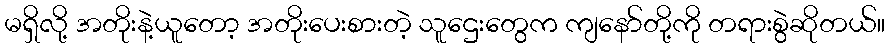
မရှိလို့ အတိုးနဲ့ယူတော့ အတိုးပေးစားတဲ့ သူဌေးတွေက ကျနော်တို့ကို တရားစွဲဆိုတယ်။